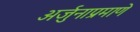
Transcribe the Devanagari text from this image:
अर्जुनाप्रमाणे